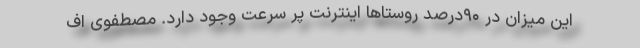
این میزان در ۹۰درصد روستا‌ها اینترنت پر سرعت وجود دارد. مصطفوی اف